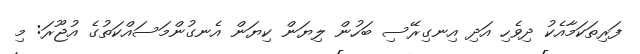
ފަރިތަކަމާއެކު ދިވެހި އަދި އިނގިރޭސި ބަހުން ލިޔަން ކިޔަން އެނގުންމަސައްކަތުގެ އުޖޫރަ: މި